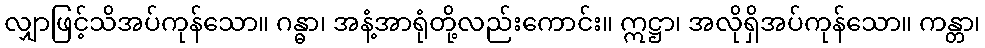
လျှာဖြင့်သိအပ်ကုန်သော။ ဂန္ဓာ၊ အနံ့အာရုံတို့လည်းကောင်း။ ဣဋ္ဌာ၊ အလိုရှိအပ်ကုန်သော။ ကန္တာ၊